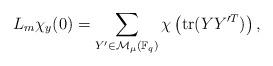
LaTeX: \begin{align*}L_m\chi_y(0) = \sum_{Y' \in \mathcal{M}_\mu(\mathbb{F}_q)}\chi\left( \mathrm{tr}(YY'^T)\right),\end{align*}